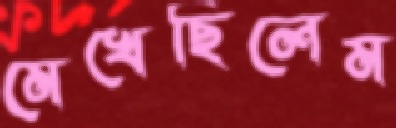
মেখেছিলেম